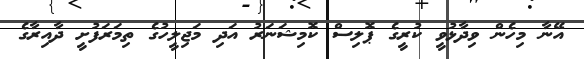
އޭނާ މިހެން ވިދާޅުވީ ކުރީގެ ޕޮލިސް ކޮމިޝަނަރު އަދި މަޖިލީހުގެ ތިމަރަފުށީ ދާއިރާގެ